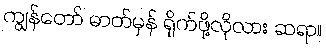
ကျွန်တော် ဓာတ်မှန် ရိုက်ဖို့လိုလား ဆရာ။